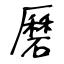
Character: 磿